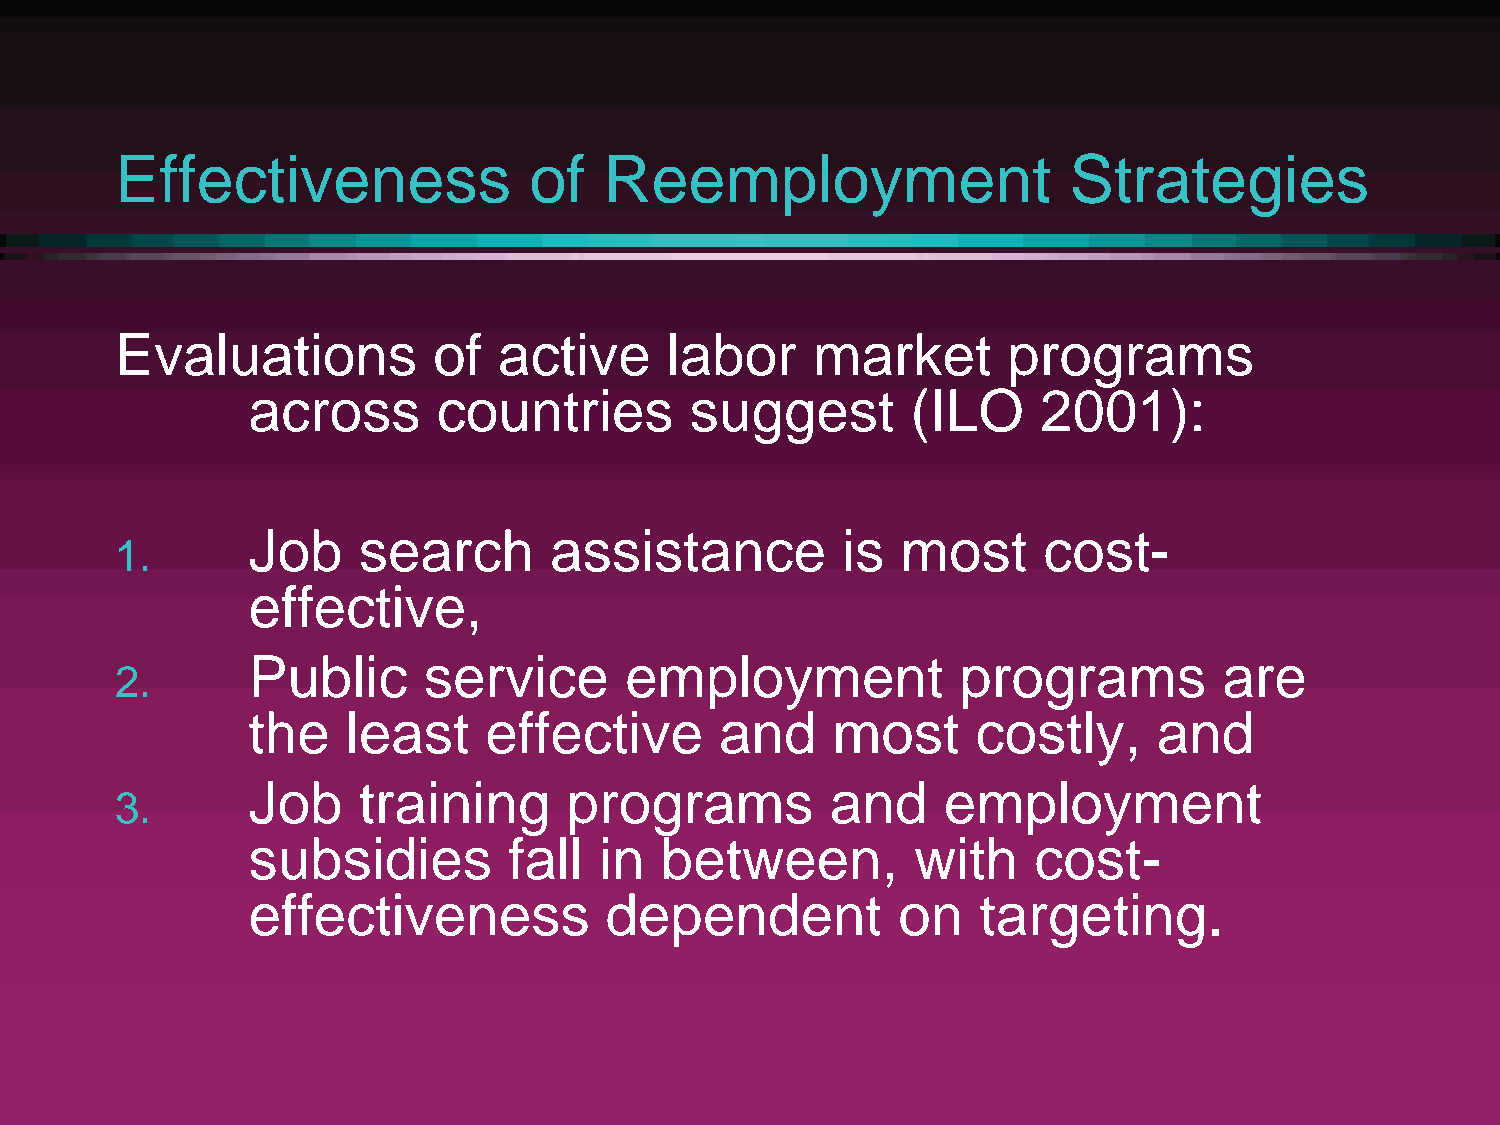
Effectiveness              of   Reemployment                   Strategies
 Evaluations          of  active     labor     market       programs
 across       countries        suggest       (ILO     2001):
 Job     search      assistance          is  most     cost-
 1.
 effective,
 Public      service      employment             programs         are
 2.
 the    least    effective       and    most      costly,     and
 Job     training      programs         and    employment
 3.
 subsidies         fall  in  between,         with   cost-
 effectiveness           dependent          on    targeting.